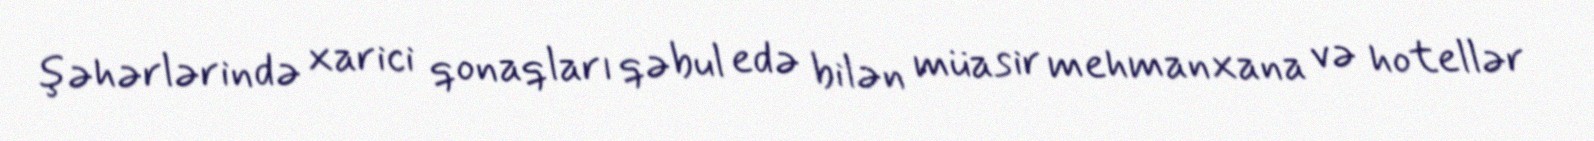
şəhərlərində xarici qonaqları qəbul edə bilən müasir mehmanxana və hotellər